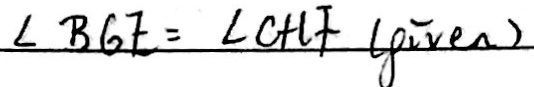
\angle B G E = \angle C + C F ( g i v e n )